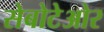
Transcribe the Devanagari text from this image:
सेबोटेओर